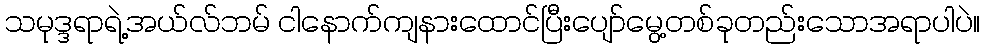
သမုဒ္ဒရာရဲ့အယ်လ်ဘမ် ငါနောက်ကျနားထောင်ပြီးပျော်မွေ့တစ်ခုတည်းသောအရာပါပဲ။